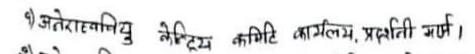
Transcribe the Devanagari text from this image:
अनेरास्ववियु केन्द्रीय कमिटी कार्यालय, प्रदर्शनी मार्ग ।